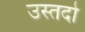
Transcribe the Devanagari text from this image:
उस्तदो